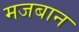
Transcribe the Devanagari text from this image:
मजबान